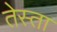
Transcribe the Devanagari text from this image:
तेस्ता